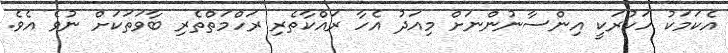
އެކަމަކު ހަކުރަކީ އިންސާނުންނަށް މިއަދު އެހާ ރައްކާތެރި ރަހްމަތްތެރި ބާވަތަކަށް ނުވެ އެވެ.